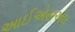
આઈએસએલ